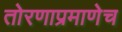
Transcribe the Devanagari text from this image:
तोरणाप्रमाणेच